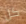
كل